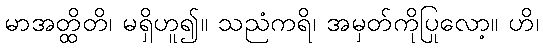
မာအတ္ထိတိ၊ မရှိဟူ၍။ သညံကရိ၊ အမှတ်ကိုပြုလော့။ ဟိ၊